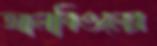
আলবিওলের